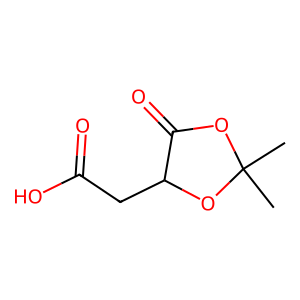
SMILES: CC1(C)OC(=O)C(CC(=O)O)O1
Inhibits HIV replication: No